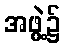
အဖွဲ့၌